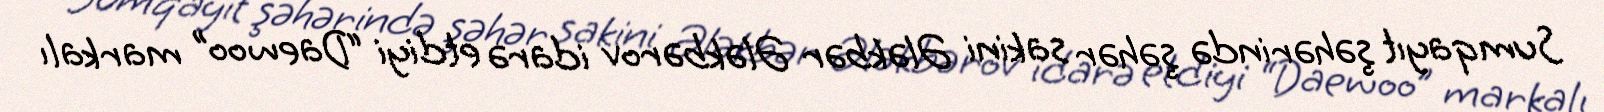
Sumqayıt şəhərində şəhər sakini Ələkbər Ələkbərov idarə etdiyi “Daewoo” markalı